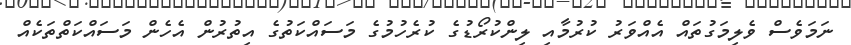
ނަމަވެސް ވެލިމަގުތައް އެއްވަރު ކުރުމާއި ލިންކުރޯޑުގެ ކުރެހުުުމުގެ މަސައްކަތުގެ އިތުރުން އެހެން މަސައްކަތްތަކެއް